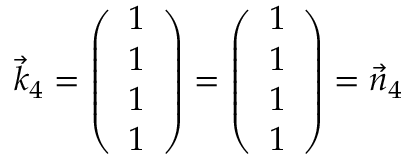
\vec { k } _ { 4 } = \left( \begin{array} { r } { 1 } \\ { 1 } \\ { 1 } \\ { 1 } \end{array} \right) = \left( \begin{array} { r } { 1 } \\ { 1 } \\ { 1 } \\ { 1 } \end{array} \right) = \vec { n } _ { 4 }